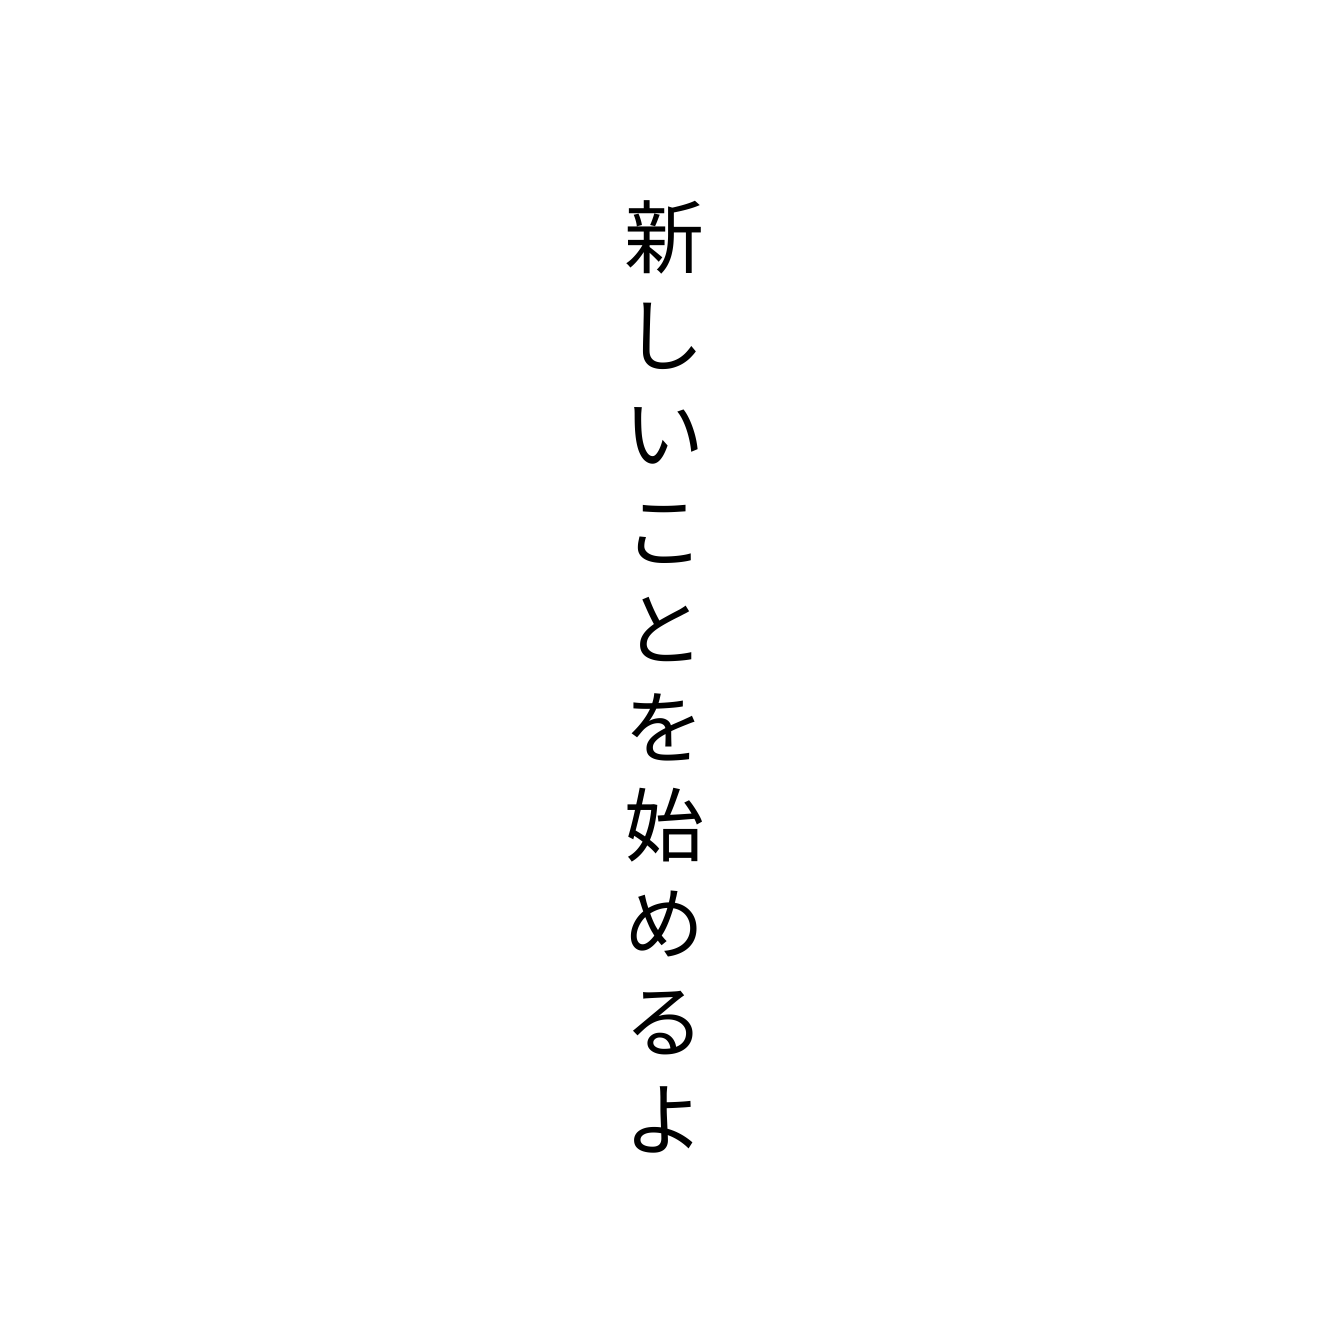
新しいことを始めるよ